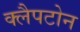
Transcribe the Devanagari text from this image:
क्लैपटोन